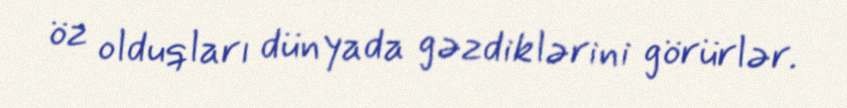
öz olduqları dünyada gəzdiklərini görürlər.